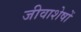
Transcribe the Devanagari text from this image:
जीवाशेषों